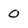
Character: 0